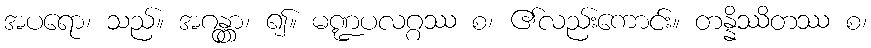
အပရော၊ သည်။ အဂန္တွာ၊ ၍။ မဏ္ဍပလဂ္ဂဿ စ၊ ၏လည်းကောင်း။ တန္နိဿိတဿ စ၊